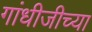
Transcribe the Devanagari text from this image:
गांधीजीच्या